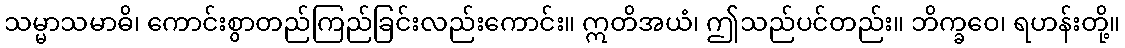
သမ္မာသမာဓိ၊ ကောင်းစွာတည်ကြည်ခြင်းလည်းကောင်း။ ဣတိအယံ၊ ဤသည်ပင်တည်း။ ဘိက္ခဝေ၊ ရဟန်းတို့။